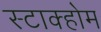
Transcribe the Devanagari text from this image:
स्टाक्होम